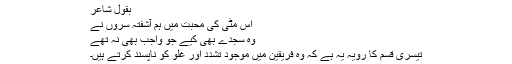
بقول شاعر
اس مٹی کی محبت میں ہم آشفتہ سروں نے
وہ سجدے بھی کیے جو واجب بھی نہ تھے
تیسری قسم کا رویہ یہ ہے کہ وہ فریقین میں موجود تشدد اور غلو کو ناپسند کرتے ہیں۔